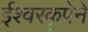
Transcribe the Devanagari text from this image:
ईश्वरकृपेने